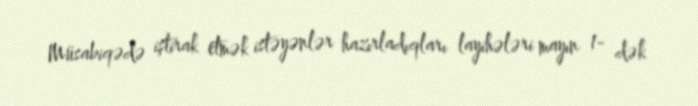
Müsabiqədə iştirak etmək istəyənlər hazırladıqları layihələri mayın 1- dək